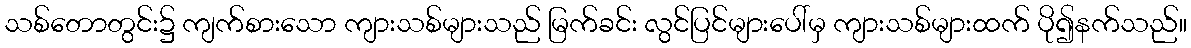
သစ်တောတွင်း၌ ကျက်စားသော ကျားသစ်များသည် မြက်ခင်း လွင်ပြင်များပေါ်မှ ကျားသစ်များထက် ပို၍နက်သည်။